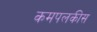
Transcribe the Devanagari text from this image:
कमपलकीस